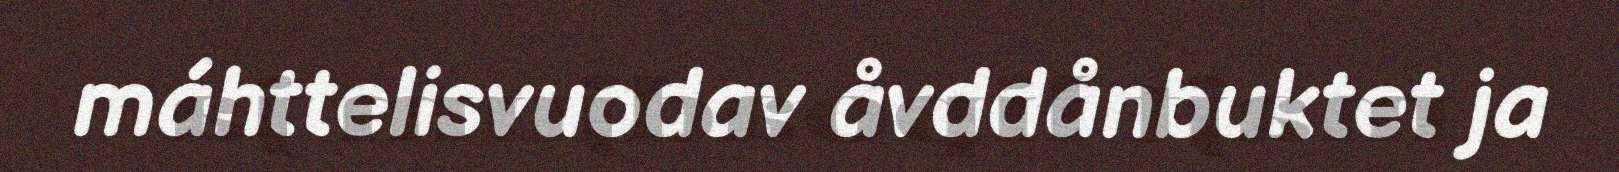
máhttelisvuodav åvddånbuktet ja